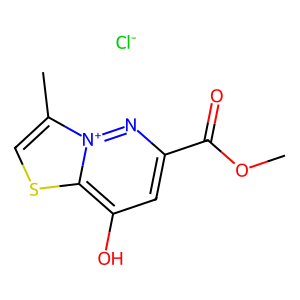
SMILES: COC(=O)c1cc(O)c2scc(C)[n+]2n1.[Cl-]
Inhibits HIV replication: No